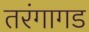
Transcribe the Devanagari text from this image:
तरंगागड